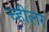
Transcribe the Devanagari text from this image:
च्हीलर